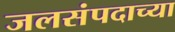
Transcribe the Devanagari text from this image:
जलसंपदाच्या